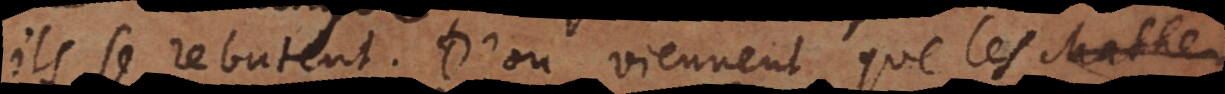
ils se rebutent. D’où viennent que les scienc